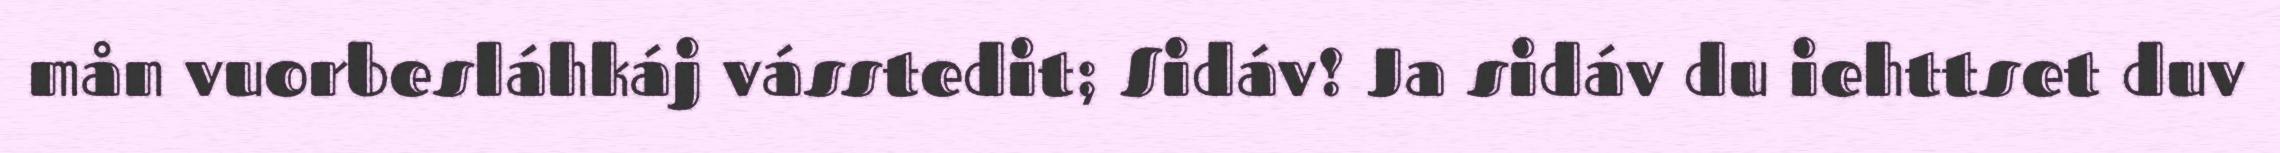
mån vuorbesláhkáj vásstedit; Sidáv! Ja sidáv du iehttset duv